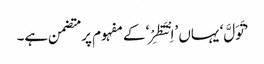
’تَوَلَّ‘ یہاں ’اِنْتَظِرْ‘ کے مفہوم پر متضمن ہے۔